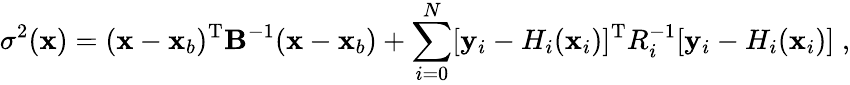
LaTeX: \sigma^{2}({\mathbf x})=({\mathbf x}-{\mathbf x}_{b})^{\mathrm{T}}{\mathbf B}^{-1}({\mathbf x}-{\mathbf x}_{b})+\sum_{i=0}^{N}[{\mathbf y}_{i}-H_{i}({\mathbf x}_{i})]^{\mathrm{T}}R_{i}^{-1}[{\mathbf y}_{i}-H_{i}({\mathbf x}_{i})]\; ,